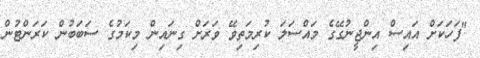
"ފަހަކަށް އައިސް އިންޖީނުގޭގެ މައްސަލަ ކުރިމަތިވޭ ވަރަށް ގިނައިން މިކަމުގެ ސަބަބުން ކަރަންޓުން